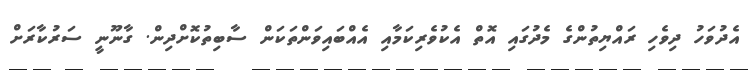
އެދުވަހު ދިވެހި ރައްޔިތުންގެ މެދުގައި އޮތް އެކުވެރިކަމާއި އެއްބައިވަންތަކަން ސާބިތުކޮށްދިން. ގާނޫނީ ސަރުކާރަށް